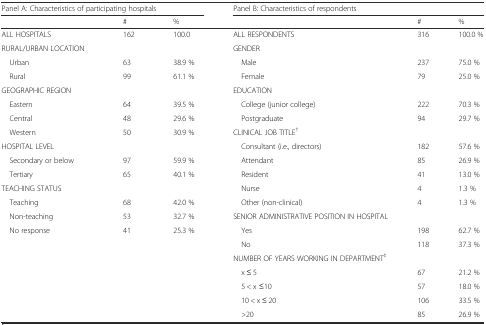
<table><thead><tr><td colspan="3"><b>Panel A: Characteristics of participating hospitals</b></td><td colspan="3"><b>Panel B: Characteristics of respondents</b></td></tr><tr><td></td><td><b>#</b></td><td><b>%</b></td><td></td><td><b>#</b></td><td><b>%</b></td></tr></thead><tbody><tr><td>ALL HOSPITALS</td><td>162</td><td>100.0</td><td>ALL RESPONDENTS</td><td>316</td><td>100.0 %</td></tr><tr><td>RURAL/URBAN LOCATION</td><td></td><td></td><td>GENDER</td><td></td><td></td></tr><tr><td> Urban</td><td>63</td><td>38.9 %</td><td> Male</td><td>237</td><td>75.0 %</td></tr><tr><td> Rural</td><td>99</td><td>61.1 %</td><td> Female</td><td>79</td><td>25.0 %</td></tr><tr><td>GEOGRAPHIC REGION</td><td></td><td></td><td>EDUCATION</td><td></td><td></td></tr><tr><td> Eastern</td><td>64</td><td>39.5 %</td><td> College (junior college)</td><td>222</td><td>70.3 %</td></tr><tr><td> Central</td><td>48</td><td>29.6 %</td><td> Postgraduate</td><td>94</td><td>29.7 %</td></tr><tr><td> Western</td><td>50</td><td>30.9 %</td><td>CLINICAL JOB TITLE<sup>†</sup></td><td></td><td></td></tr><tr><td>HOSPITAL LEVEL</td><td></td><td></td><td> Consultant (i.e., directors)</td><td>182</td><td>57.6 %</td></tr><tr><td> Secondary or below</td><td>97</td><td>59.9 %</td><td> Attendant</td><td>85</td><td>26.9 %</td></tr><tr><td> Tertiary</td><td>65</td><td>40.1 %</td><td> Resident</td><td>41</td><td>13.0 %</td></tr><tr><td>TEACHING STATUS</td><td></td><td></td><td> Nurse</td><td>4</td><td>1.3 %</td></tr><tr><td> Teaching</td><td>68</td><td>42.0 %</td><td> Other (non-clinical)</td><td>4</td><td>1.3 %</td></tr><tr><td> Non-teaching</td><td>53</td><td>32.7 %</td><td>SENIOR ADMINISTRATIVE POSITION IN HOSPITAL</td><td></td><td></td></tr><tr><td> No response</td><td>41</td><td>25.3 %</td><td> Yes</td><td>198</td><td>62.7 %</td></tr><tr><td rowspan="6" colspan="3"></td><td> No</td><td>118</td><td>37.3 %</td></tr><tr><td>NUMBER OF YEARS WORKING IN DEPARTMENT<sup>‡</sup></td><td></td><td></td></tr><tr><td> x ≤ 5</td><td>67</td><td>21.2 %</td></tr><tr><td> 5 &lt; x ≤10</td><td>57</td><td>18.0 %</td></tr><tr><td> 10 &lt; x ≤ 20</td><td>106</td><td>33.5 %</td></tr><tr><td> &gt;20</td><td>85</td><td>26.9 %</td></tr></tbody></table>